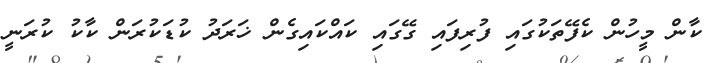
ކާން މީހުން ކެފޭތަކުގައި ފުރިފައި ގޭގައި ކައްކައިގެން ޚަރަދު ކުޑަކުރަން ކާކު ކުރަނީ